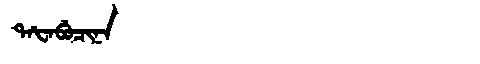
Manchu: ᡨᠠᡶᠠᠪᡠᠴᡳᠨᠠ
Romanization: TAFABUCINA